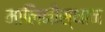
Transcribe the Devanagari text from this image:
मालिनीस्थान